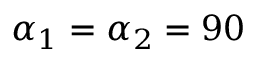
\alpha _ { 1 } = \alpha _ { 2 } = 9 0